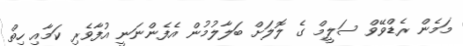
މަމެން ރެޑްވޭވް ސަލީމް ގެ ލޮލަށް ބަލާލުމުން އެފެންނަނީ އުފާވެރި ކަމާއި ހިތް